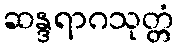
ဆန္ဒရာဂသုတ္တံ